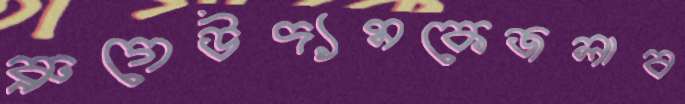
ব্রুগেউদ্যমকেজলাব